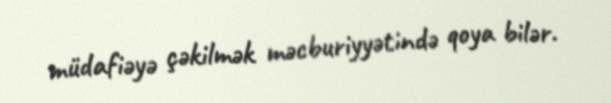
müdafiəyə çəkilmək məcburiyyətində qoya bilər.